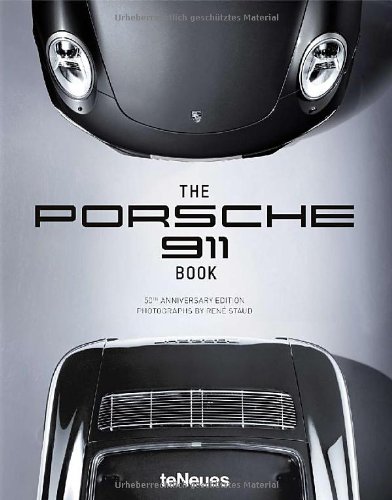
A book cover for Porsche 911 Book: 50th Anniversary Edition; Engineering & Transportation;